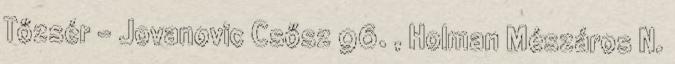
Tőzsér – Jovanovic Csősz 96. , Holman Mészáros N.